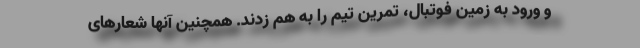
و ورود به زمین فوتبال، تمرین تیم را به هم زدند. همچنین آنها شعارهای